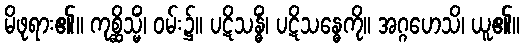
မိဖုရား၏။ ကုစ္ဆိသ္မိံ၊ ဝမ်း၌။ ပဋိသန္ဓိံ၊ ပဋိသန္ဓေကို။ အဂ္ဂဟေသိ၊ ယူ၏။